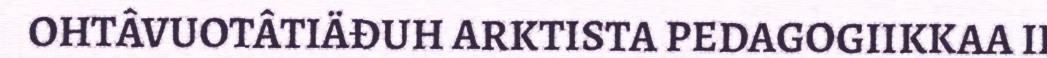
OHTÂVUOTÂTIÄĐUH ARKTISTA PEDAGOGIIKKAA II